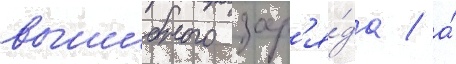
вышибного зар'я́да / а́